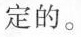
定的。